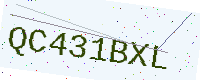
Text: QC431BXL